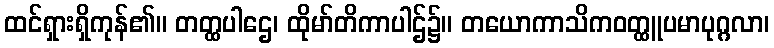
ထင်ရှားရှိကုန်၏။ တတ္ထပါဌေ၊ ထိုမာ်တိကာပါဌ်၌။ တယောကာသိကဝတ္ထူပမာပုဂ္ဂလာ၊